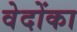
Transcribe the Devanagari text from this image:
वेदोंका